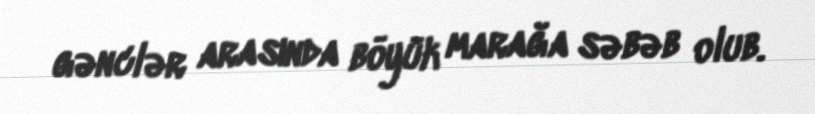
gənclər arasında böyük marağa səbəb olub.